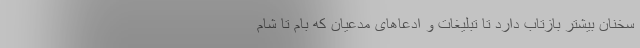
سخنان بیشتر بازتاب دارد تا تبلیغات و ادعاهای مدعیان که بام تا شام